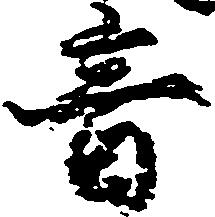
音